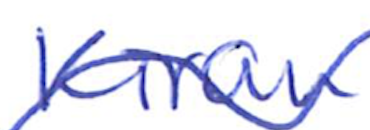
Text: Kiran
Cross-out: wave
Writing tool: ballpoint